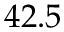
4 2 . 5